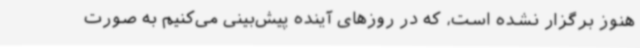
هنوز برگزار نشده است، که در روزهای آینده پیش‌بینی می‌کنیم به صورت